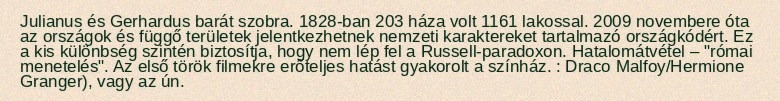
Julianus és Gerhardus barát szobra. 1828-ban 203 háza volt 1161 lakossal. 2009 novembere óta az országok és függő területek jelentkezhetnek nemzeti karaktereket tartalmazó országkódért. Ez a kis különbség szintén biztosítja, hogy nem lép fel a Russell-paradoxon. Hatalomátvétel – "római menetelés". Az első török filmekre erőteljes hatást gyakorolt a színház. : Draco Malfoy/Hermione Granger), vagy az ún.